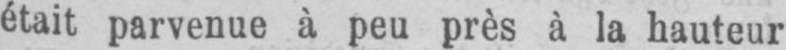
était parvenue à peu près à la hauteur